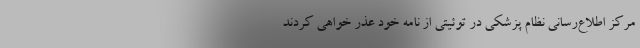
مرکز اطلاع‌رسانی نظام پزشکی در توئیتی از نامه خود عذر خواهی کردند